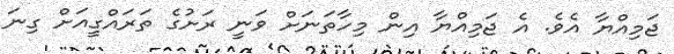
ޖަމިއްޔާ އެވެ. އެ ޖަމިއްޔާ އިން މިހާތަނަށް ވަނީ ރަށުގެ ތަރައްގީއަށް ގިނަ